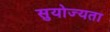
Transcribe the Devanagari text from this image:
सुयोज्यता